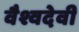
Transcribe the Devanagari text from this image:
वैश्वदेवी